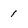
Character: 1